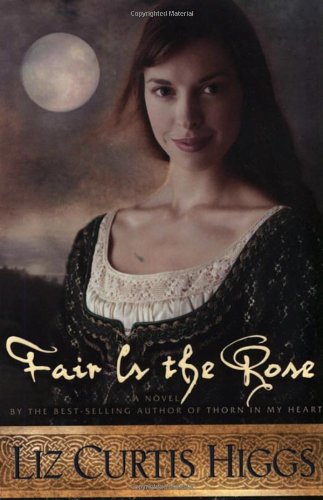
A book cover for Fair is the Rose (Lowlands of Scotland Series #2); Liz Curtis Higgs; Romance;